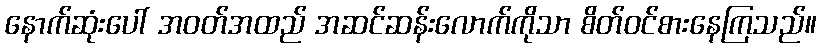
နောက်ဆုံးပေါ် အဝတ်အထည် အဆင်ဆန်းလောက်ကိုသာ စိတ်ဝင်စားနေကြသည်။